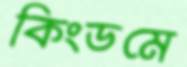
কিংডমে